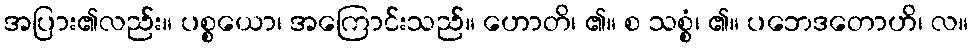
အပြား၏လည်း။ ပစ္စယော၊ အကြောင်းသည်။ ဟောတိ၊ ၏။ စ သစ္စံ၊ ၏။ ပဘေဒတောဟိ၊ လ။